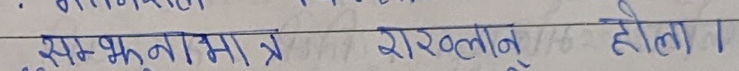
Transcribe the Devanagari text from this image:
सम्भावना मात्र राखलान् होला।